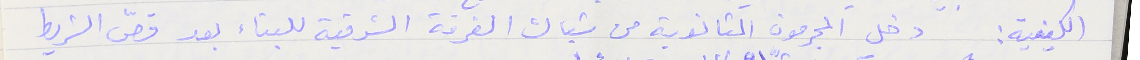
الكيفية : دخل المجرمون الثانوية من شباك الغرفة الشرقية للبناء بعد قصّ الشريط